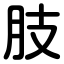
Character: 肢